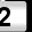
Digit: 2